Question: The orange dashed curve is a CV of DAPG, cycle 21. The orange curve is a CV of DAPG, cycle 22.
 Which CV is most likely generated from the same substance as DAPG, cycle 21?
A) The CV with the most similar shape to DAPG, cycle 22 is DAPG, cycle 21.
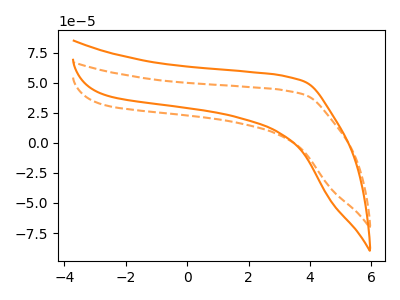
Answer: <think>The orange dashed curve "DAPG, cycle 21" has no peaks. The orange curve "DAPG, cycle 22" has no peaks.
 Neither "DAPG, cycle 21" or "DAPG, cycle 22" have any peaks.</think>
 <answer>A) The CV with the most similar shape to "DAPG, cycle 22" is "DAPG, cycle 21".</answer>
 <eval>A</eval>